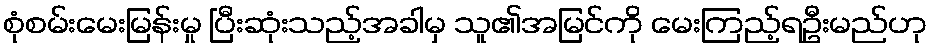
စုံစမ်းမေးမြန်းမှု ပြီးဆုံးသည့်အခါမှ သူ၏အမြင်ကို မေးကြည့်ရဦးမည်ဟု